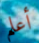
أعلم